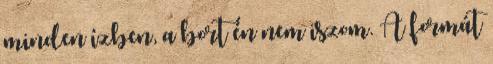
minden ízben, a bort én nem iszom. A formát